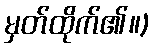
မှတ်ထိုက်၏။)